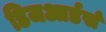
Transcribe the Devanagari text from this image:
डिजआर्डर्स